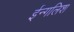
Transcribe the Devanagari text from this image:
ईन्गलिश